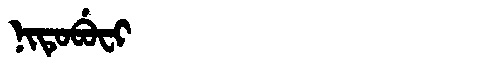
Manchu: ᠨᡳᡨᡠᠪᡠᠸᡳ
Romanization: NITUBUFI